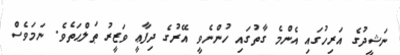
ނަޝީދުގެ އަރިހުގައި އެންމެ ގާތުގައި ހުންނެވީ އޭރުގެ ދިފާޢީ ވަޒީރު ޠަލްޙަތެވެ. ނަމަވެސް